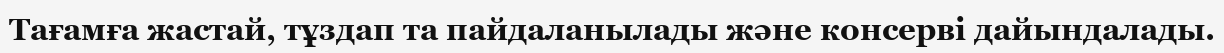
Тағамға жастай, тұздап та пайдаланылады және консерві дайындалады.